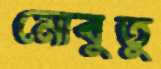
মোবুতু